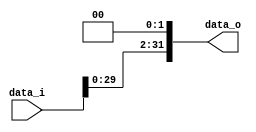
//0713216

//Subject:      CO project 2 - Shift_Left_Two_32
//--------------------------------------------------------------------------------
//Version:     1
//--------------------------------------------------------------------------------
//Description: 
//--------------------------------------------------------------------------------

module Shift_Left_Two_32(
    data_i,
    data_o
    );

//I/O ports                    
input [32-1:0] data_i;
output [32-1:0] data_o;

wire [32-1:0] data_o;

//shift left 2
assign data_o[31:2] = data_i[29:0];
assign data_o[1:0] = 2'b0;
     
endmodule